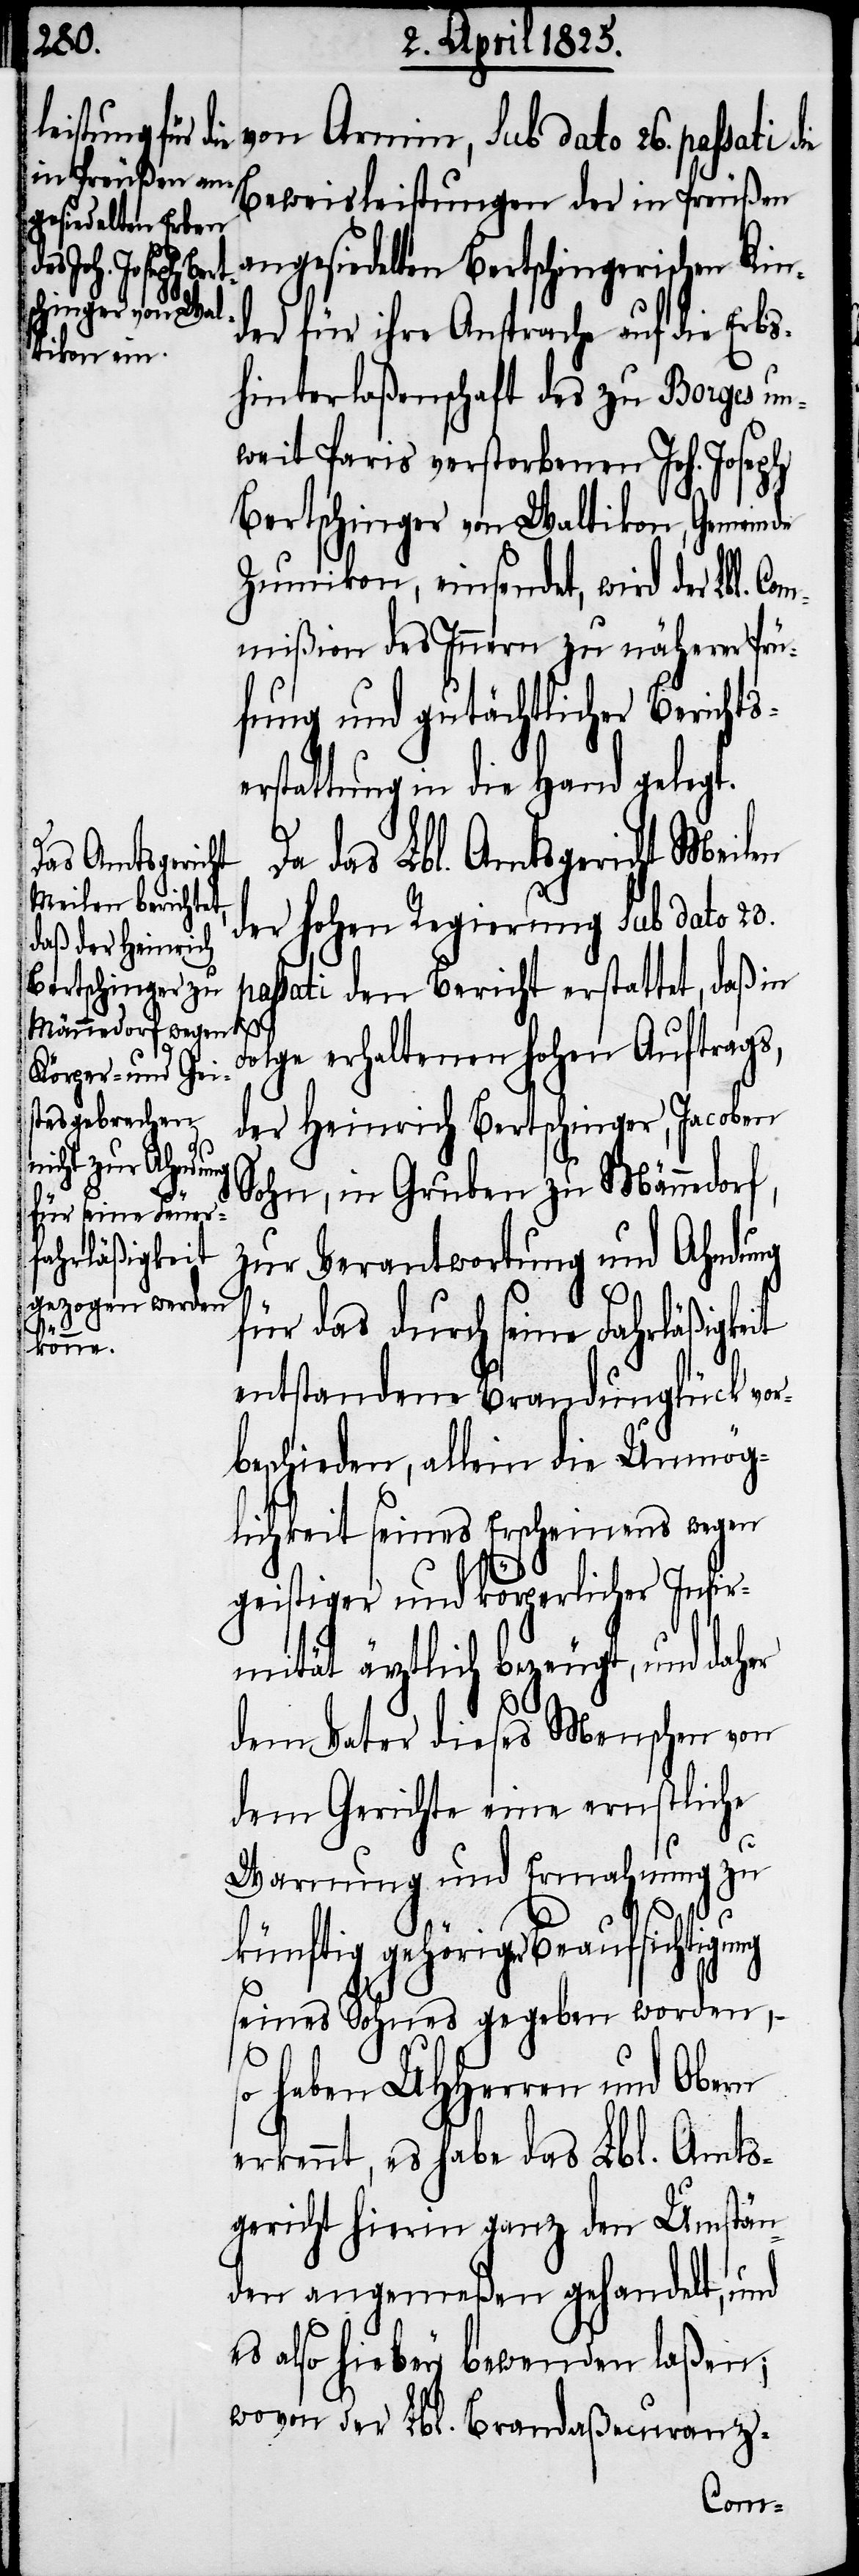
Beweisleistungen der in Preußen
angesiedelten Bertschingerischen Kin¬
Armin, sub dato
der für ihre Ansprache auf die Erbs¬
hinterlaßenschaft des zu Borges un¬
weit Paris verstorbenen Joh. Joseph
Bertschinger von Waltikon, Gemeinde
Zumikon, einsendet, wird der Lbl. Co¬
mmißion des Innern zu näherer Prü¬
fung und gutächtlicher Berichts¬
erstattung in die Hand gelegt.
Da das Lbl. Amtsgericht Meilen
der hohen Regierung sub dato 23.
ssati den Bericht erstattet, daß in
olge erhaltenen hohen Auftrags,
der Heinrich Bertschinger, Jacoben
Sohn, in Gruben zu Männedorf,
zur Verantwortung und Ahndung
F¬
für das durch seine Fahrläßigkeit
enstandene Brandunglück vor¬
beschieden, allein die Unmög¬
lichkeit seines Erscheinens wegen
geistiger und körperlicher Infir¬
mität ärztlich bezeugt, und daher
dem Vater dieses Menschen von
dem Gerichte eine ernstliche
Warnung und Ermahnung zu
die
künftig gehöriger Beaufsichtigung
seines Sohnes gegeben worden,
so
haben UHHerren und Obern
erkennt, es habe das Lbl. Amts¬
gericht hierin ganz den Umstän¬
den angemeßen gehandelt, und
es also hiebey bewenden laßen;
wovon der Lbl. Brandaßecuranz-